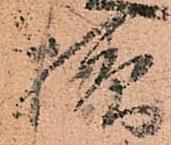
様